Vaccine operations Central Provinces & Berar 1922-1929 - 1922-1929
Year: 1922
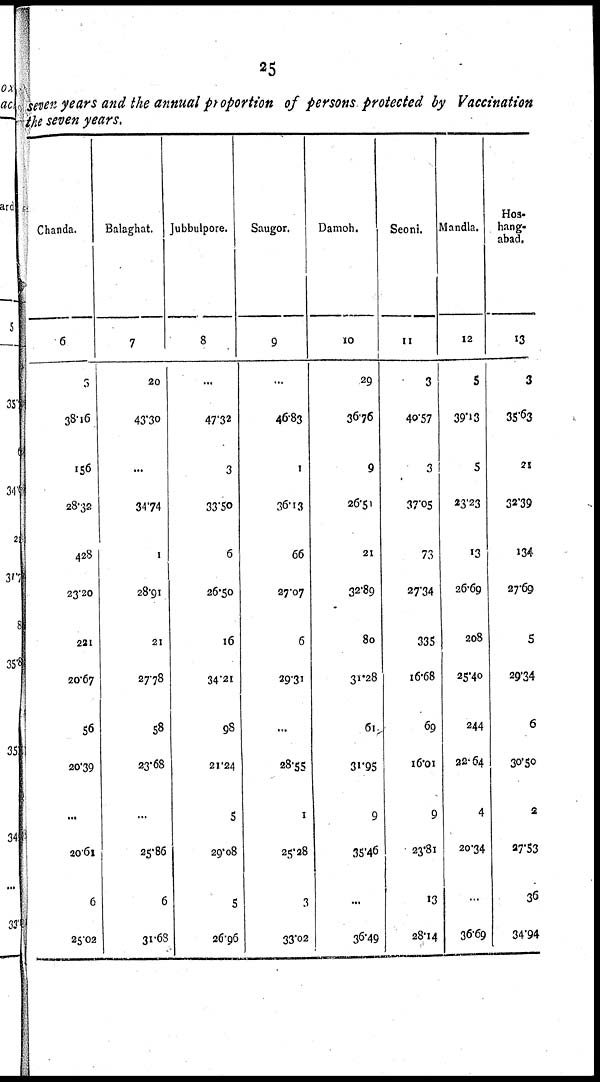
25
seven years and the annual proportion of persons protected by Vaccination
the seven years.
Chanda.
6
5
38.16
156
28.32
428
23.20
221
20.67
56
20.39
...
20.61
6
25.02
Balaghat.
7
20
43.30
...
34.74
1
28.91
21
27.78
58
23.68
...
25.86
6
31.63
Jubbulpore.
8
...
47.32
3
33.50
6
26.50
16
34.21
98
21.24
5
29.08
5
26.96
Saugor.
9
...
46.83
1
36.13
66
27.07
6
29.31
...
28.55
1
25.28
3
33.02
Damoh.
10
29
36.76
9
26.51
21
32.89
80
31.28
61
31.95
9
35.46
...
36.49
Seoni.
11
3
40.57
3
37.05
73
27.34
335
16.68
69
16.01
9
23.81
13
28.14
Mandla.
12
5
39.13
5
23.23
13
26.69
208
25.40
244
22.64
4
20.34
...
36.69
Hos-
hang-
abad.
13
3
35.63
21
32.39
134
27.69
5
29.34
6
30.50
2
27.53
36
34.94